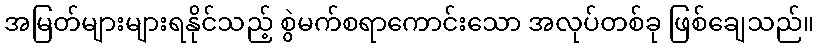
အမြတ်များများရနိုင်သည့် စွဲမက်စရာကောင်းသော အလုပ်တစ်ခု ဖြစ်ချေသည်။